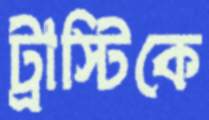
ট্রাস্টিকে